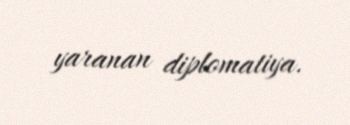
yaranan diplomatiya.